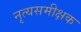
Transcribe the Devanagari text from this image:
नृत्यसमीक्षक